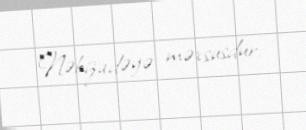
Nəbizadəyə məxsusdur.